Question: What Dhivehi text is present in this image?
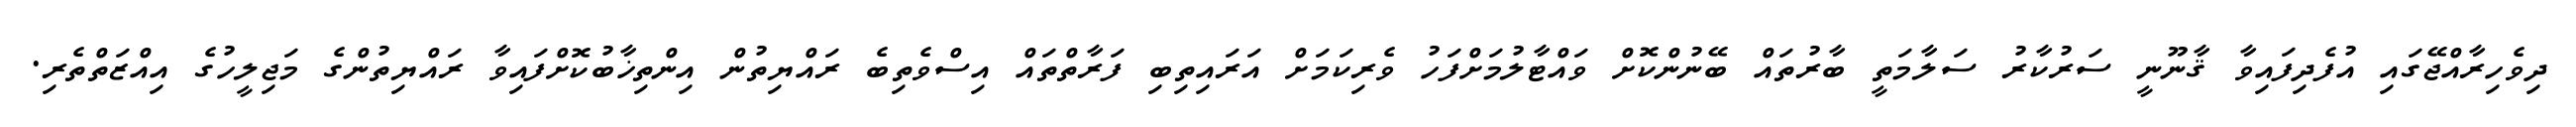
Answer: ދިވެހިރާއްޖޭގައި އުފެދިފައިވާ ޤާނޫނީ ސަރުކާރު ސަލާމަތީ ބާރުތައް ބޭނުންކޮށް ވައްޓާލުމަށްފަހު ވެރިކަމަށް އަރައިތިބި ފަރާތްތައް އިސްވެތިބެ ރައްޔިތުން އިންތިޚާބުކޮށްފައިވާ ރައްޔިތުންގެ މަޖިލީހުގެ އިއްޒަތްތެރި.